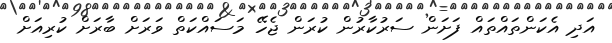
އަދި އެކަންތައްތައް ފަށަން ސަރުކާރުން ކުރަން ޖެހޭ މަސައްކަތް ވަރަށް ބާރަށް ކުރިއަށް